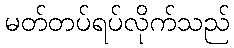
မတ်တပ်ရပ်လိုက်သည်